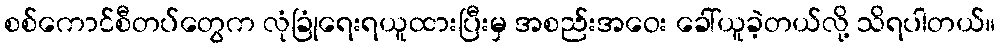
စစ်ကောင်စီတပ်တွေက လုံခြုံရေးရယူထားပြီးမှ အစည်းအဝေး ခေါ်ယူခဲ့တယ်လို့ သိရပါတယ်။